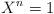
LaTeX: \begin{align*}X^n=1\end{align*}